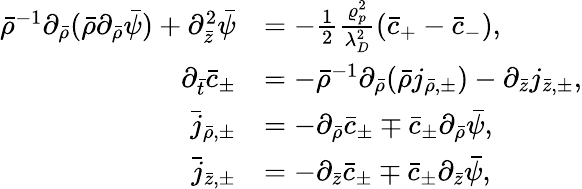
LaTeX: \begin{array}{rl}{\bar{\rho}^{-1}\partial_{\bar{\rho}}(\bar{\rho}\partial_{\bar{\rho}}\bar{\psi})+\partial_{\bar{z}}^{2}\bar{\psi}}&{=-\frac{1}{2}\frac{\varrho_{p}^{2}}{\lambda_{D}^{2}}(\bar{c}_{+}-\bar{c}_{-}),}\\ {\partial_{\bar{t}}\bar{c}_{\pm}}&{=-\bar{\rho}^{-1}\partial_{\bar{\rho}}(\bar{\rho}j_{\bar{\rho},\pm})-\partial_{\bar{z}}j_{\bar{z},\pm},}\\ {\bar{j}_{\bar{\rho},\pm}}&{=-\partial_{\bar{\rho}}\bar{c}_{\pm}\mp\bar{c}_{\pm}\partial_{\bar{\rho}}\bar{\psi},}\\ {\bar{j}_{\bar{z},\pm}}&{=-\partial_{\bar{z}}\bar{c}_{\pm}\mp\bar{c}_{\pm}\partial_{\bar{z}}\bar{\psi},}\end{array}